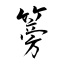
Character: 篣